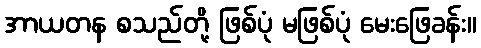
အာယတန စသည်တို့ ဖြစ်ပုံ မဖြစ်ပုံ မေးဖြေခန်း။